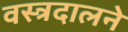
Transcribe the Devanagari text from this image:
वस्त्रदालने